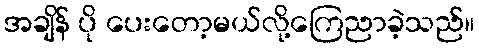
အချိန် ပို ပေးတော့မယ်လို့ကြေညာခဲ့သည်။